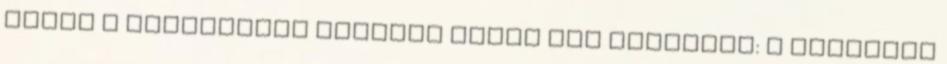
ebben a helyzetben egészen másra van szüksége: a szerelem